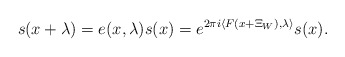
\begin{align*}s(x+\lambda) = e(x,\lambda) s(x) = e^{2 \pi i\langle F(x + \Xi_W), \lambda \rangle} s(x).\end{align*}